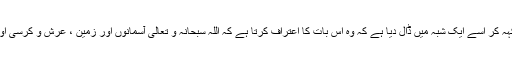
اما بعد : ایک بھائی نے مجھے یہ لکھا ہے کہ اس کے کسی ساتھی نے یہ کہہ کر اسے ایک شبہ میں ڈال دیا ہے کہ وہ اس بات کا اعتراف کرتا ہے کہ اللہ سبحانہ و تعالی آسمانوں اور زمین ، عرش و کرسی اور ہر چیز کا خالق ہے ، لیکن وہ یہ سوال کرتا ہے : اللہ کا وجود کيسے ہوا ؟